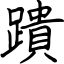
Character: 蹪